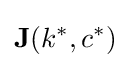
\mathbf {J} (k^{\ast },c^{\ast })